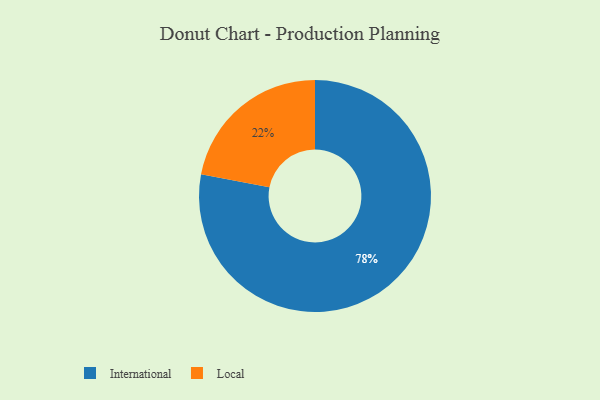
{"axis": {"x": "Category", "y": "Percentage"}, "legend": ["International", "Local"], "data": [{"x": "International", "y": 78, "type": "International"}, {"x": "Local", "y": 22, "type": "Local"}]}